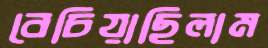
বেচিয়াছিলাম